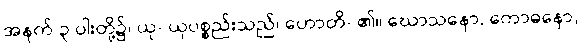
အနက် ၃ ပါးတို့၌၊ ယု- ယုပစ္စည်းသည်၊ ဟောတိ- ၏။ ဃောသနော, ကောဓနော,